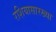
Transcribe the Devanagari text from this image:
रशियासारख्या